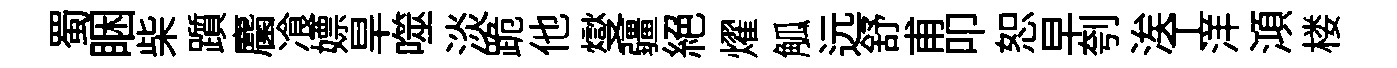
蜀睏柴躓麕飡嫖旱噬淡跪他燮疆絕燿觚远舒甫叩恕早刳涘工洋澒楼